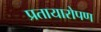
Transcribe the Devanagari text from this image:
प्रतायारोपण